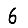
Digit: 6